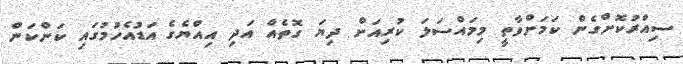
ސިއްރުކޮށްގެން ކަމަށްވާތީ މިމައްސަލަ ކުރިއަށް ދިޔަ ގޮތެއް އަދި އިއްޔެގެ އަޑުއެހުމުގައި ކަންކަން